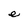
Character: e